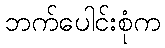
ဘက်ပေါင်းစုံက